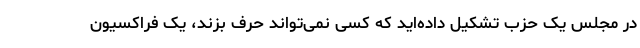
در مجلس یک حزب تشکیل داده‌اید که کسی نمی‌تواند حرف بزند، یک فراکسیون